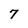
Character: 7